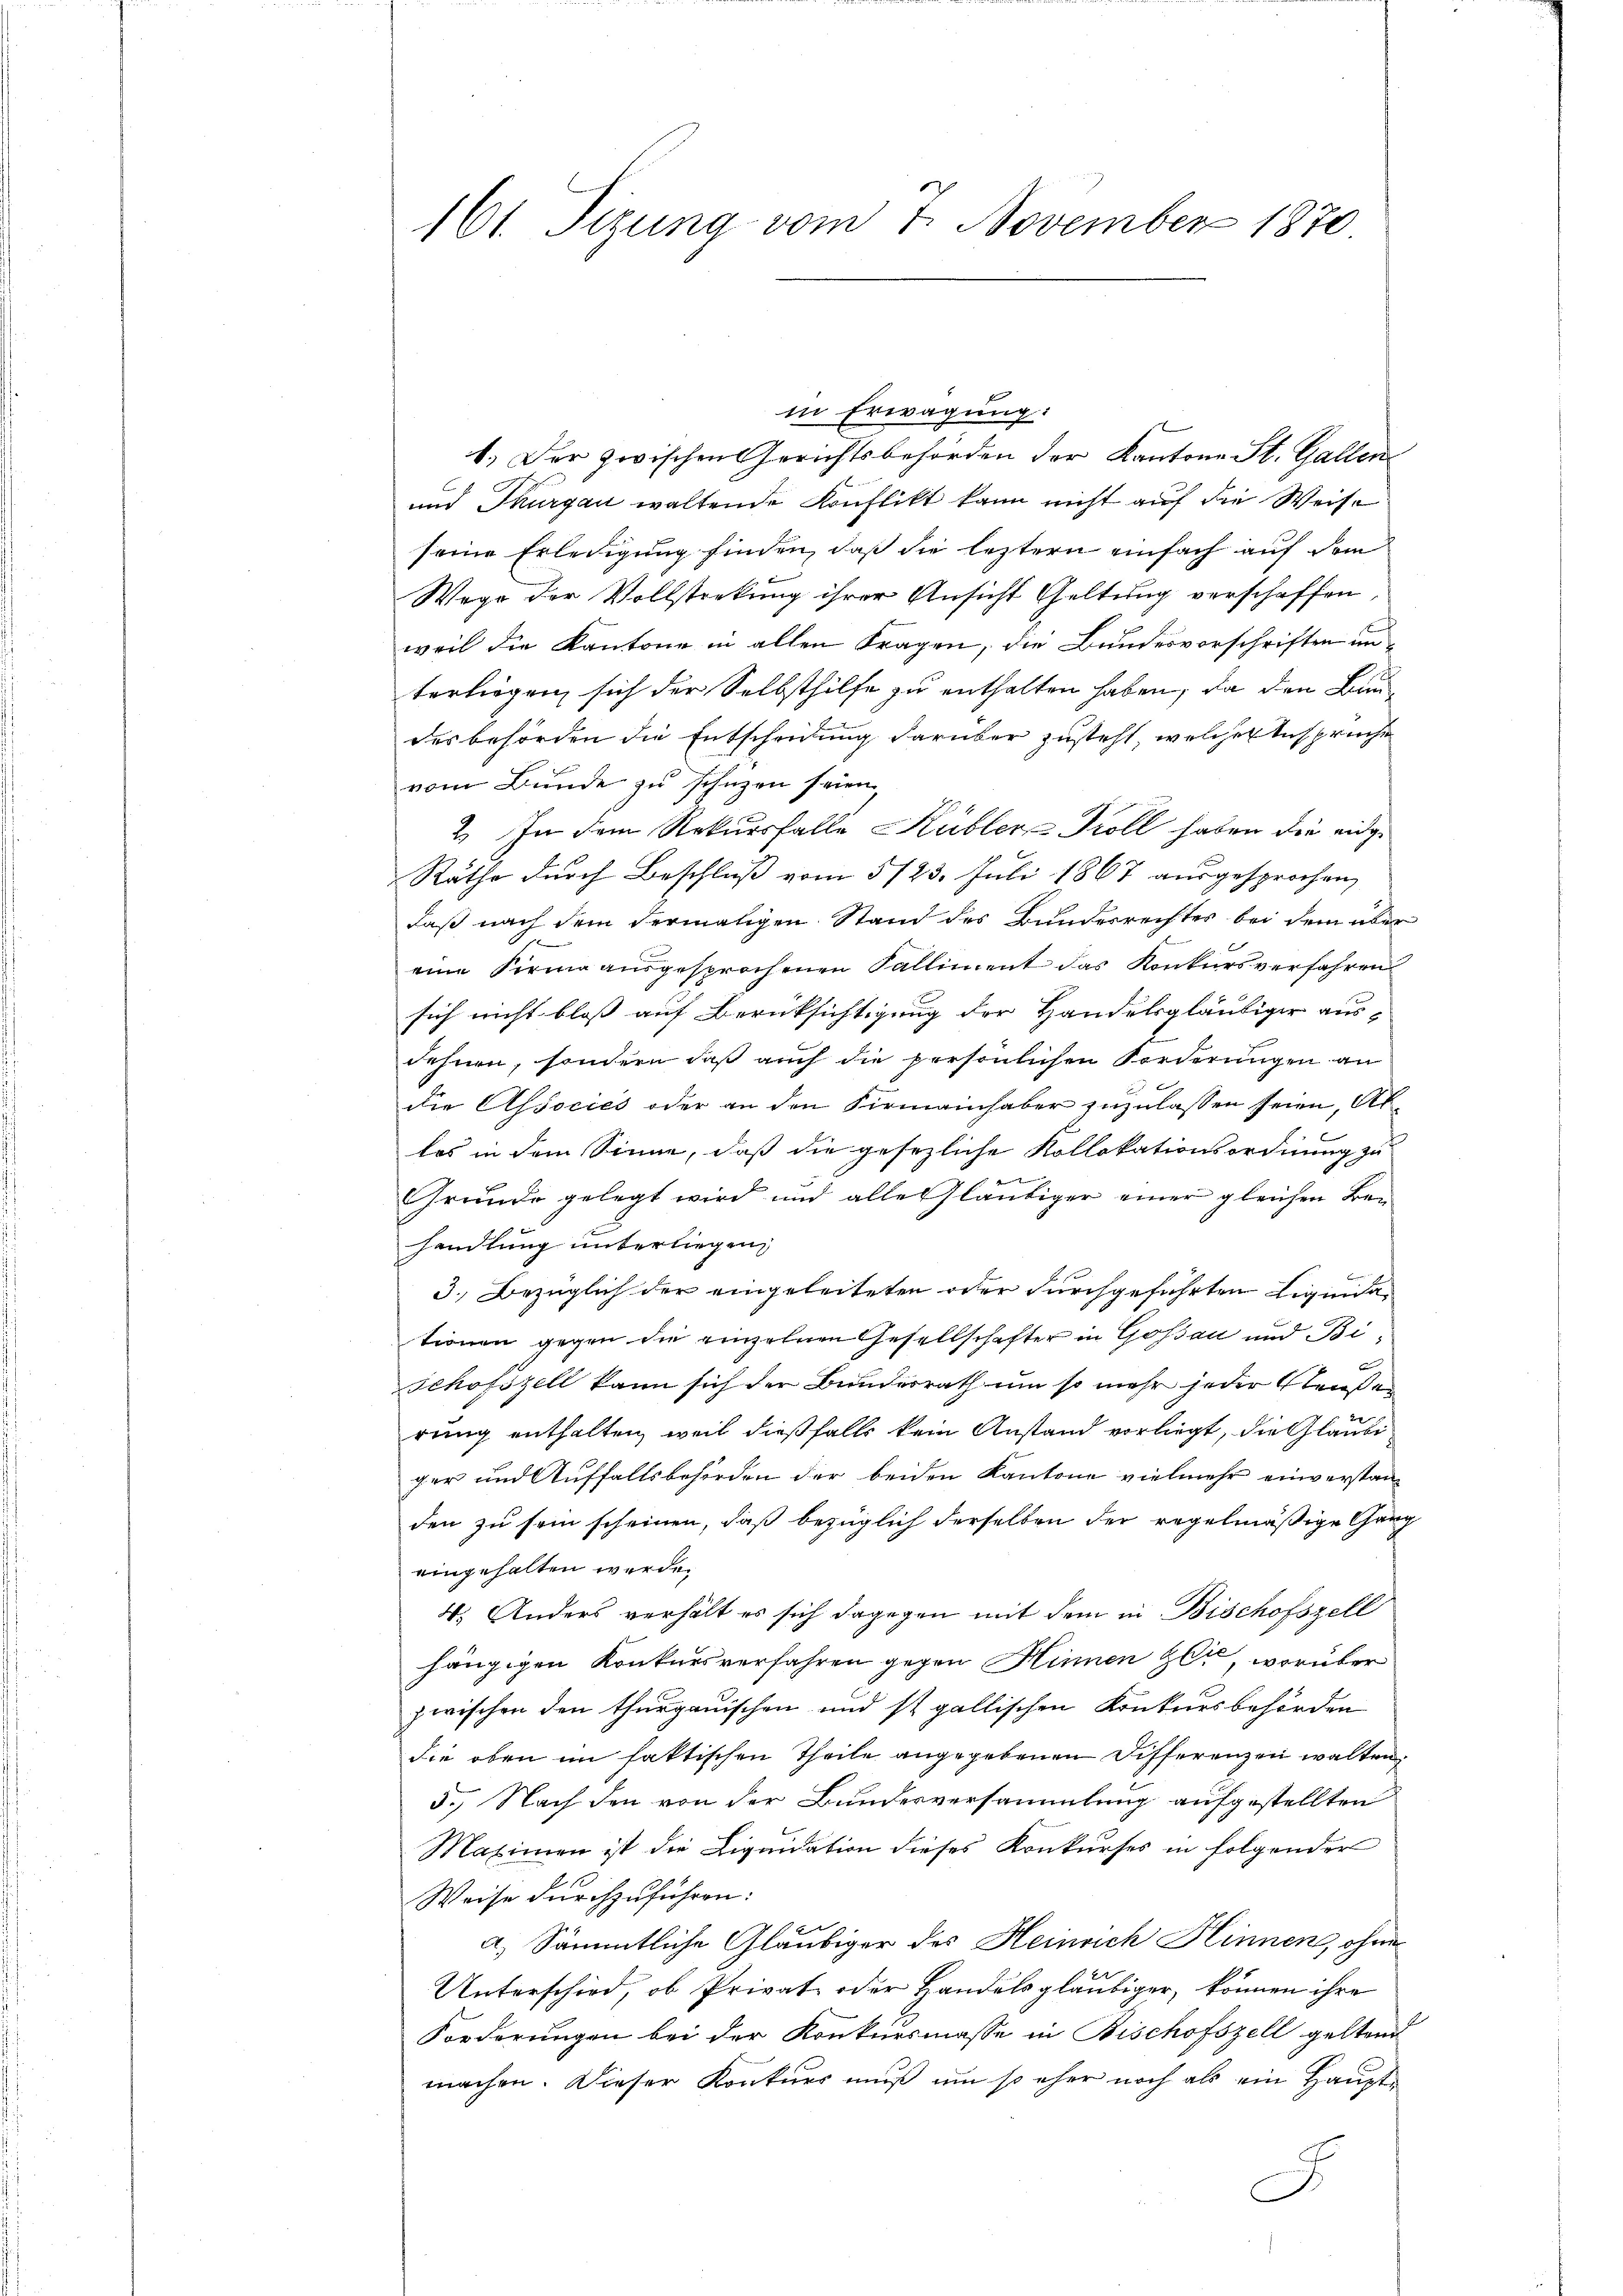
161. Tizung vom 7. November 1870

in Erwägung:
1. Der zwischen Gerichtsbehörden der Kantone St. Gallen
und Thurgau waltende Konflikt kann nicht auf die Weise
seine Erledigung finden, daß die leztern einfach auf dem
Wege der Vollsteckung ihrer Ansicht Geltung verschaffen
weil die Kantone in allen Fragen, die Bundesvorschriften un
terliegen sich der Selbsthilfe zu enthalten haben, da den Bau
des behörden die Entscheidung darüber zusteht, welches Anspruche
vom Bunde zu schüzen seien,
2. In dem Rekursfalle Kübler-Köll haben die eidge
Rathe durch Beschluß vom 5/23. Juli 1867 ausgesprochen,
daß nach dem dermaligen Stand des Bundesrechtes bei dem über
eine Firma ausgesprochenen Falliment das Konkursverfahren
sich nicht bloss auf Berücksichtigung der Handelsgläubiger ausdehnen, sondern daß auch die persönlichen Forderungen an
die Associes oder an den Firmainhaber zuzulassen seien, Ab¬

les in dem Sinne, daß die gesezliche Kollokationsordnung zu
Grunde gelegt wird und alle Gläubiger einer gleichen Ben
handlung unterliegen
3.) Bezüglich der eingeleiteten oder durchgeführten Liquidationen gegen die einzelnen Gesellschafter in Goßau und Bischofszell kann sich der Bundesrath um so mehr jeder Straßen
rung enthalten, weil dießfalls kein Anstand vorliegt, die Glaube
ger und Auffallsbehörden der beiden Kantone vielmehr einverstanden zu sein scheinen, daß bezüglich derselben der regelmäßige Gang
eingehalten werde.
4. Anders verhält es sich dagegen mit dem in Bischofszell
hängigen Konkursverfahren gegen Hinnen zer, worüber
zwischen den thurgauischen und st. gallischen Konkursbehörden
die oben im faktischen Theile angegebenen Differenzen walten
5.) Nach den von der Bundesversammlung aufgestellten
Maximen ist die Liquidation dieses Konkurses in folgender
Weise durchzuführen:
a) Sämmtliche Gläubiger des Heinrich Hinnen, ohne
Unterschied, ob Privat- oder Handelsgläubiger, können ihre
Forderungen bei der Konkursmasse in Bischofszell geltend
machen. Dieser Konkurs muß um so eher noch als ein Haupt¬
E
.